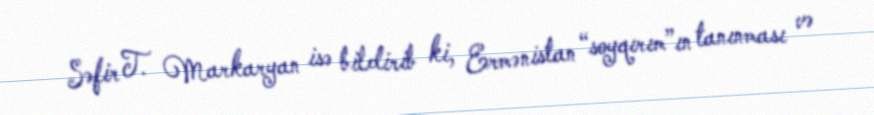
Səfir T. Markaryan isə bildirib ki, Ermənistan “soyqırım”ın tanınması və